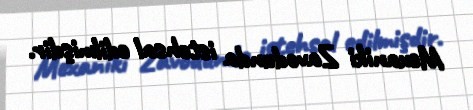
Mexaniki Zavodunda istehsal edilmişdir.